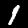
Digit: 1